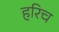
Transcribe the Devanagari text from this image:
हरिच